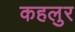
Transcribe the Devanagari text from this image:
कहलुर